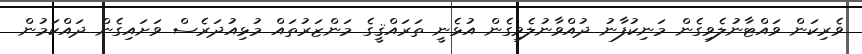
ވެރިކަން ވައްޓާނުލެވިގެން މަނިކުފާނު ދުއްވާނުލެވިގެން އުޅެނީ ތަރައްޤީގެ މަންޒަރުތައް މުޅިއުދަރެސް ވަށައިގެން ދައްކަމުން